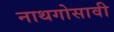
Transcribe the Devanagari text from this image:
नाथगोसावी